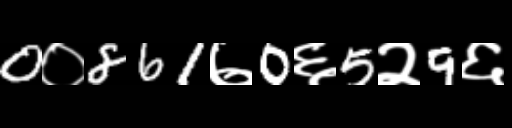
Text: 0०861७0६5२9६